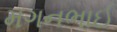
મગનભાઈ